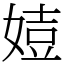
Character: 㛸